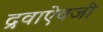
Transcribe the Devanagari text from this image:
द्रवाऐवजी